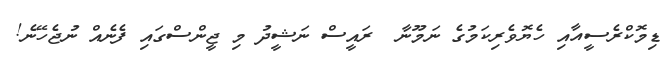
ޑިމޮކްރެސީއާއި ހެޔޮވެރިކަމުގެ ނަމޫނާ  ރައީސް ނަޝީދު މި ޖީންސްގައި ފެނެއް ނުޖެހޭނެ!